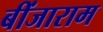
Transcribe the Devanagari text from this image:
बींजाराम